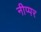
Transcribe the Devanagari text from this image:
नीप्पर